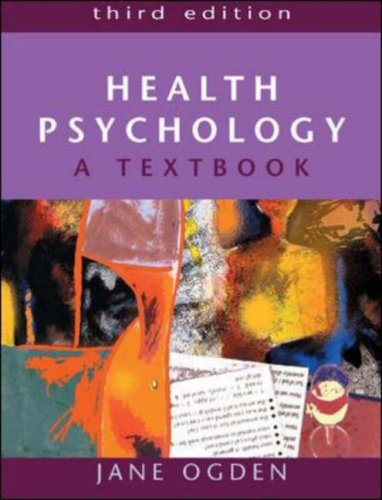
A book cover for Health Psychology: A Textbook; Jane Ogden; Health, Fitness & Dieting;